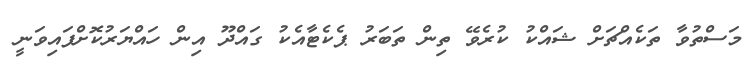
މަސްތުވާ ތަކެއްޗަށް ޝައްކު ކުރެވޭ ތިން ތަބަރު ޕެކެޓާއެކު ގައްދޫ އިން ހައްޔަރުކޮށްފައިވަނީ